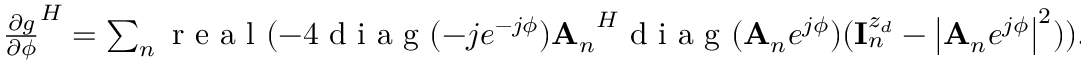
\begin{array} { r } { { \frac { \partial g } { \partial \phi } } ^ { H } = \sum _ { n } \mathrm { ~ r ~ e ~ a ~ l ~ } ( - 4 \mathrm { ~ d ~ i ~ a ~ g ~ } ( - j e ^ { - j \phi } ) { { \bf A } _ { n } } ^ { H } \mathrm { ~ d ~ i ~ a ~ g ~ } ( { { \bf A } _ { n } } e ^ { j \phi } ) ( { \bf { I } } _ { n } ^ { z _ { d } } - \left| { { \bf A } _ { n } } e ^ { j \phi } \right| ^ { 2 } ) ) . } \end{array}